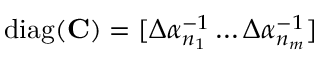
\mathrm { d i a g } ( \mathbf { C } ) = [ \Delta \alpha _ { n _ { 1 } } ^ { - 1 } \dots \Delta \alpha _ { n _ { m } } ^ { - 1 } ]